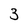
Character: 3